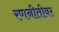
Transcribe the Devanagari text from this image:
रणनीतीवर